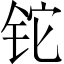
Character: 铊